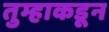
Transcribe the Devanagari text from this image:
तुम्हाकडून